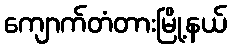
ကျောက်တံတားမြို့နယ်